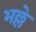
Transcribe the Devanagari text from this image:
भल्ले